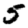
Digit: 5